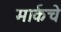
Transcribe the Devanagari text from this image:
मार्कचे